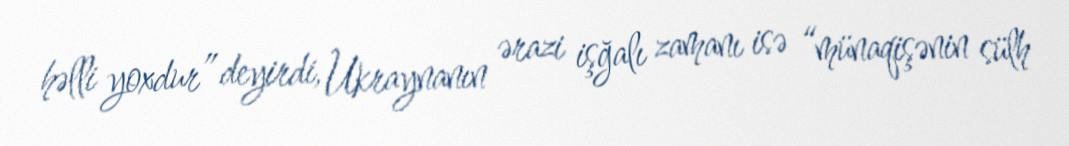
həlli yoxdur” deyirdi, Ukraynanın ərazi işğalı zamanı isə “münaqişənin sülh